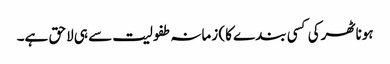
ہونا ٹھرکی کسی بندے کا) زمانہ طفولیت سے ہی لاحق ہے۔